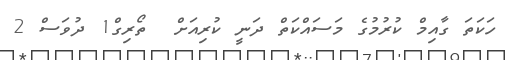
ހަކަތަ ގާއިމް ކުރުމުގެ މަސައްކަތް ދަނީ ކުރިއަށް  ތޯރިގް1 ދުވަސް 2